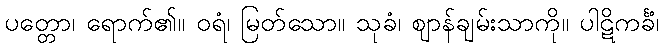
ပတ္တော၊ ရောက်၏။ ဝရံ၊ မြတ်သော။ သုခံ၊ ဈာန်ချမ်းသာကို။ ပါဋိကင်္ခံ၊